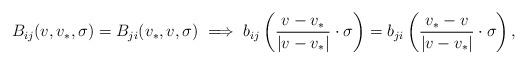
LaTeX: \begin{align*}B_{ij}(v,v_*,\sigma)=B_{ji}(v_*,v,\sigma)\implies b_{ij}\left(\frac{v-v_*}{|v-v_*|}\cdot\sigma\right) = b_{ji}\left(\frac{v_*-v}{|v-v_*|}\cdot\sigma\right),\end{align*}